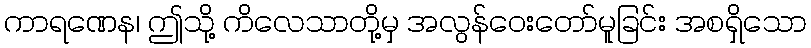
ကာရဏေန၊ ဤသို့ ကိလေသာတို့မှ အလွန်ဝေးတော်မူခြင်း အစရှိသော